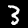
Digit: 3